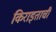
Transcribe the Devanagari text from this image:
किराइताचीं